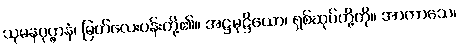
သုမနပုပ္ဖာနံ၊ မြတ်လေးပန်းတို့၏။ အဋ္ဌမုဋ္ဌိယော၊ ရှစ်ဆုပ်တို့ကို။ အာကာသေ၊